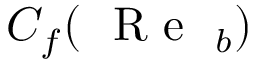
C _ { f } ( \mathrm { ~ { ~ R ~ e ~ } ~ } _ { b } )